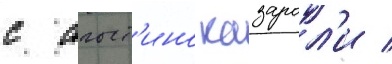
с агост'ино казарол'и /